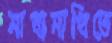
মাখামাখিতে